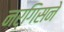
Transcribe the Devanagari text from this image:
नर्गिसने